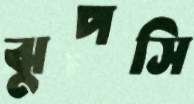
ঝুপসি